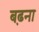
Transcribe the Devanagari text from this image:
ब़ढना